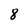
Character: 8